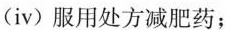
(ⅳ)服用处方减肥药；